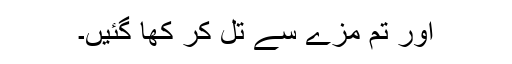
اور تم مزے سے تل کر کھا گئیں۔